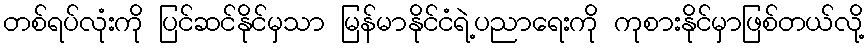
တစ်ရပ်လုံးကို ပြင်ဆင်နိုင်မှသာ မြန်မာနိုင်ငံရဲ့ပညာရေးကို ကုစားနိုင်မှာဖြစ်တယ်လို့